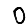
Digit: 0